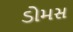
ડોમસ